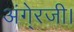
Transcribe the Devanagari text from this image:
अंगे्रजी।